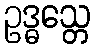
ဥဒ္ဓသ္တေ